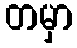
တမှာ